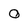
Character: 0